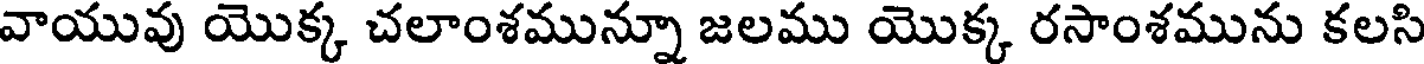
వాయువు యొక్క చలాంశమున్నూ జలము యొక్క రసాంశమును కలసి